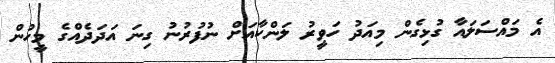
އެ މައްސަލައާ ގުޅިގެން މިއަދު ހަވީރު ލަންކާއަށް ނުފުރުނު ގިނަ އަދަދެއްގެ މީހުން